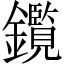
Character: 鑬